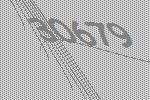
30679